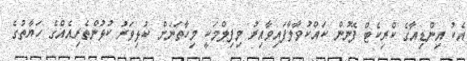
އެކު އިންޑިއާގެ ކްރިކެޓް ފޭނުން ކައްކުވާލާފައިވާއިރު މިފިލްމަކީ މިހާތަނަށް ކުޅިވަރު ކުޅުންތެރިއެއްގެ ހަޔާތުގެ